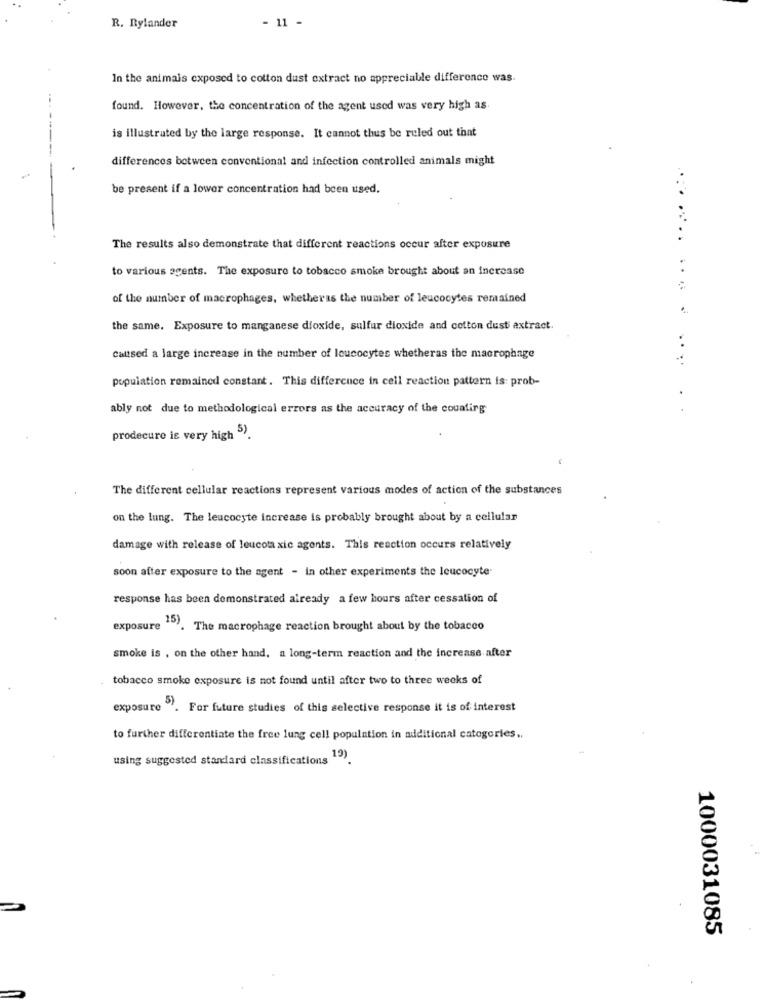
- 11 -
R. Rylander
In the animals exposed to cotton dust extract no appreciable difference was.
found. However, the concentration of the agent used was very high as
is illustrated by the large response. It cannot thus be ruled out that
differences between conventional and infection controlled animals might
be present if a lower concentration had been used.
The results also demonstrate that different reactions occur after exposure
to various agents. The exposure to tobacco smoke brought about an increase
of the number of macrophages, whetheras the number of leucocytes remained
the same. Exposure to manganese dioxide, sulfur dioxide and cotton dust extract.
Callsed a large increase in the number of leucocytes whetheras the macrophage
population remained constant. This difference in cell reaction pattern is: prob-
.
ably not due to methodological errors as the accuracy of the counting
.
prodecure is very high 5).
The different cellular reactions represent various modes of action of the substances
on the lung. The leucocyte increase is probably brought about by a cellular
damage with release of leucota xic agents. This reaction occurs relatively
soon after exposure to the agent - in other experiments the leucocyte-
response has been demonstrated already a few hours after cessation of
exposure ". The macrophage reaction brought about by the tobacco
smoke is , on the other hand, a long-term reaction and the increase after
tobacco smoke exposure is not found until after two to three weeks of
exposure . For future studies of this selective response it is of interest
to further differentiate the free lung cell population in additional categories ..
using suggested standard classifications"
19)
1000031085